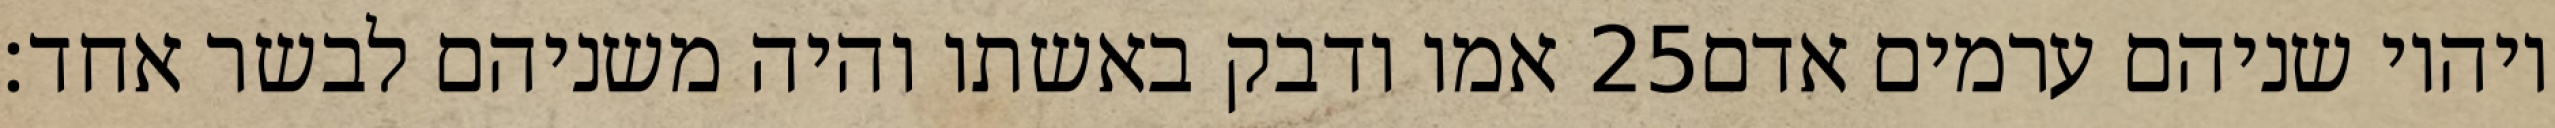
אמו ודבק באשתו והיה משניהם לבשר אחד׃ ‎25‏ ויהיו שניהם ערמים אדם